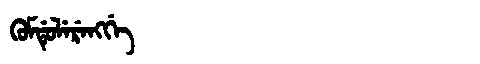
Manchu: ᡴᡠᠮᡩᡠᠯᡝᡵᡝᠩᡤᡝ
Romanization: KUMDULERENGGE